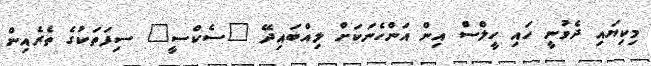
މިކިޔައި ދެވުނީ ހައި ހީލްސް އިން އަންހެނަކަށް ލިއްބައިދޭ "ސެކްސީ" ސިފަތަކުގެ ތެރެއިން